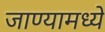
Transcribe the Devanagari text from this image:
जाण्यामध्ये